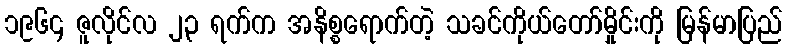
၁၉၆၄ ဇူလိုင်လ ၂၃ ရက်က အနိစ္စရောက်တဲ့ သခင်ကိုယ်တော်မှိုင်းကို မြန်မာပြည်